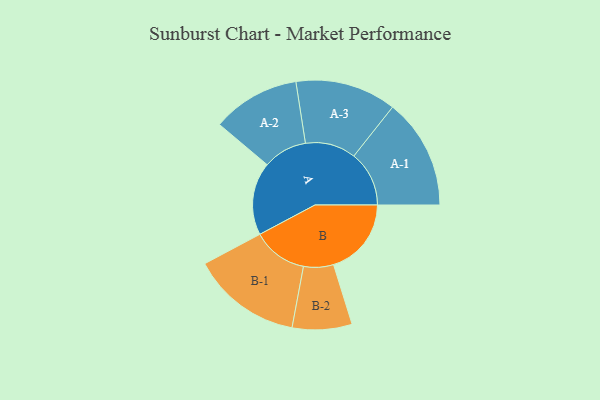
{"axis": {"x": "Segment", "y": "Value"}, "legend": ["", "A", "B"], "data": [{"x": "A", "y": 310, "type": ""}, {"x": "B", "y": 331, "type": ""}, {"x": "A-1", "y": 235, "type": "A"}, {"x": "A-2", "y": 187, "type": "A"}, {"x": "A-3", "y": 215, "type": "A"}, {"x": "B-1", "y": 234, "type": "B"}, {"x": "B-2", "y": 127, "type": "B"}]}